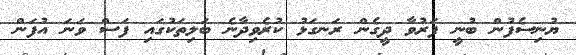
ޔުނިސެފުން ބުނީ ފަރުވާ ދީގެން ރަނގަޅު ކުރެވިދާނެ ބަލިތަކުގައި ފަސް ވަނަ އުފަން